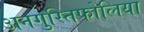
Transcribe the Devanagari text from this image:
अनगुस्तिफोलिया